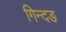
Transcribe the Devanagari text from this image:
गिन्दङ